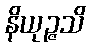
နိယုဉ္ဇသိ